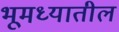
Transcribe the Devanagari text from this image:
भूमध्यातील